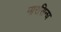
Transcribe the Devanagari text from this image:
नारसिन्घ